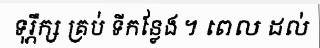
ទុរ្ភឹក្ស គ្រប់ ទីកន្លែង ។ ពេល ដល់